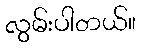
လွမ်းပါတယ်။